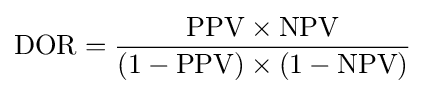
{\text{DOR}}={\frac {{\text{PPV}}\times {\text{NPV}}}{\left(1-{\text{PPV}}\right)\times \left(1-{\text{NPV}}\right)}}